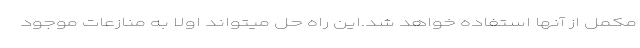
مکمل از آنها استفاده خواهد شد.این راه حل میتواند اولا به منازعات موجود